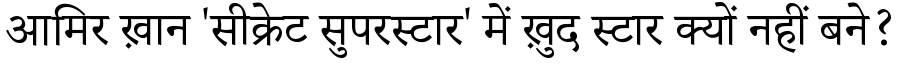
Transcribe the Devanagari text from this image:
आमिर ख़ान 'सीक्रेट सुपरस्टार' में ख़ुद स्टार क्यों नहीं बने?